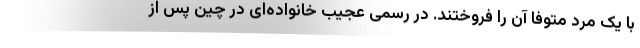
با یک مرد متوفا آن را فروختند. در رسمی عجیب خانواده‌ای در چین پس از